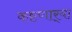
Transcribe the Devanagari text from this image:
कष्टणार्‍या